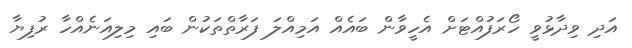
އަދި ވިދާޅުވީ ހޯރަފުއްޓަށް އެހީވާން ބައެއް އަމިއްލަ ފަރާތްތަކުން ބައި މިލިއަނެއްހާ ރުފިޔާ